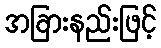
အခြားနည်းဖြင့်